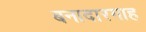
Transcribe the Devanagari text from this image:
बनादारगाह